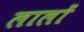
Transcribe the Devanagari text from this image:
लालों